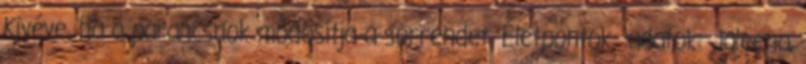
Kivéve, ha a parancsnok módosítja a sorrendet. Életpontok adatok: Jaleena,